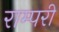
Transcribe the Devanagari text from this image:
राम्परी